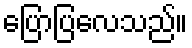
ပြောပြလေသည်။